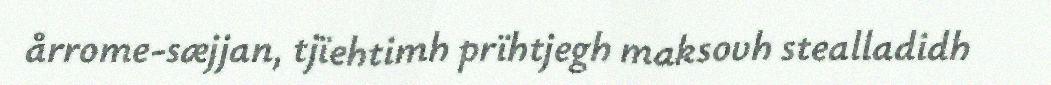
årrome-sæjjan, tjïehtimh prïhtjegh maksovh stealladidh